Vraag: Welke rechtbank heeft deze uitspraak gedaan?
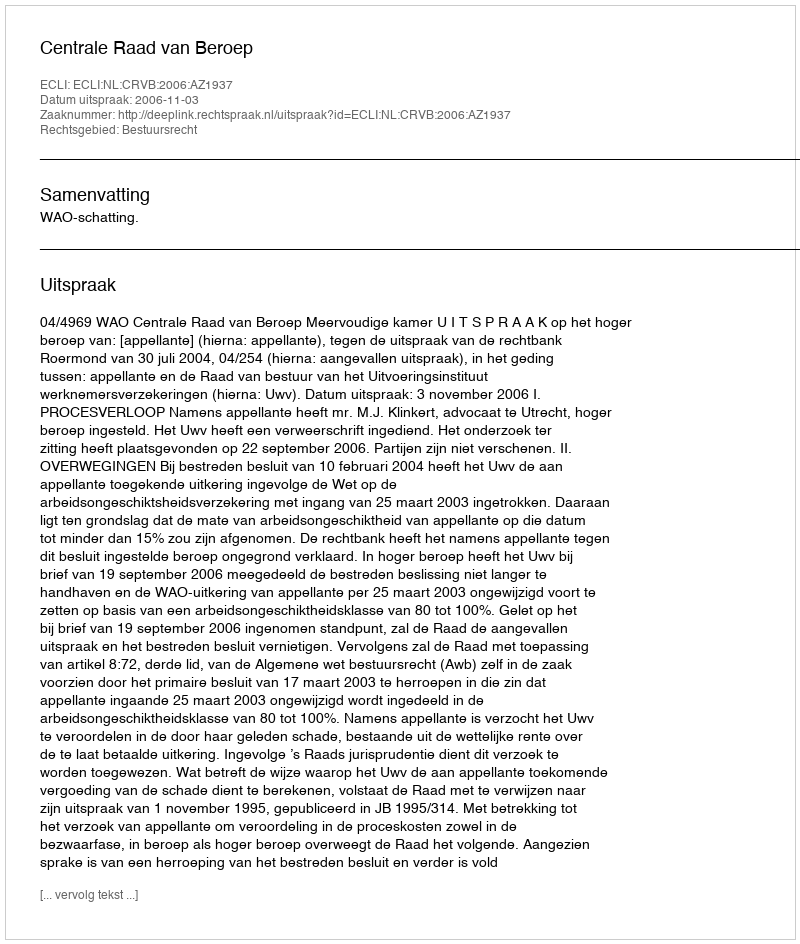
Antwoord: Centrale Raad van Beroep